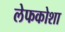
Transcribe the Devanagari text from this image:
लेफकोशा